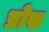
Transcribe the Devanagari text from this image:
प्रोस